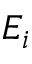
E _ { i }